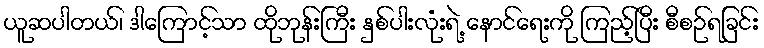
ယူဆပါတယ်၊ ဒါကြောင့်သာ ထိုဘုန်းကြီး နှစ်ပါးလုံးရဲ့ နောင်ရေးကို ကြည့်ပြီး စီစဉ်ရခြင်း